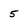
Character: 5